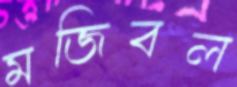
মজিবল